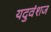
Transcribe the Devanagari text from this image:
यदुवंशज